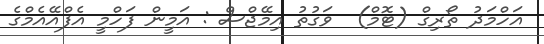
އަހްމަދު ތޯރިގް (ޓޮމް)  ވަގުތު އިމޭޖްސް : އަމީން ފަހްމީ އެފްއޭއެމްގެ